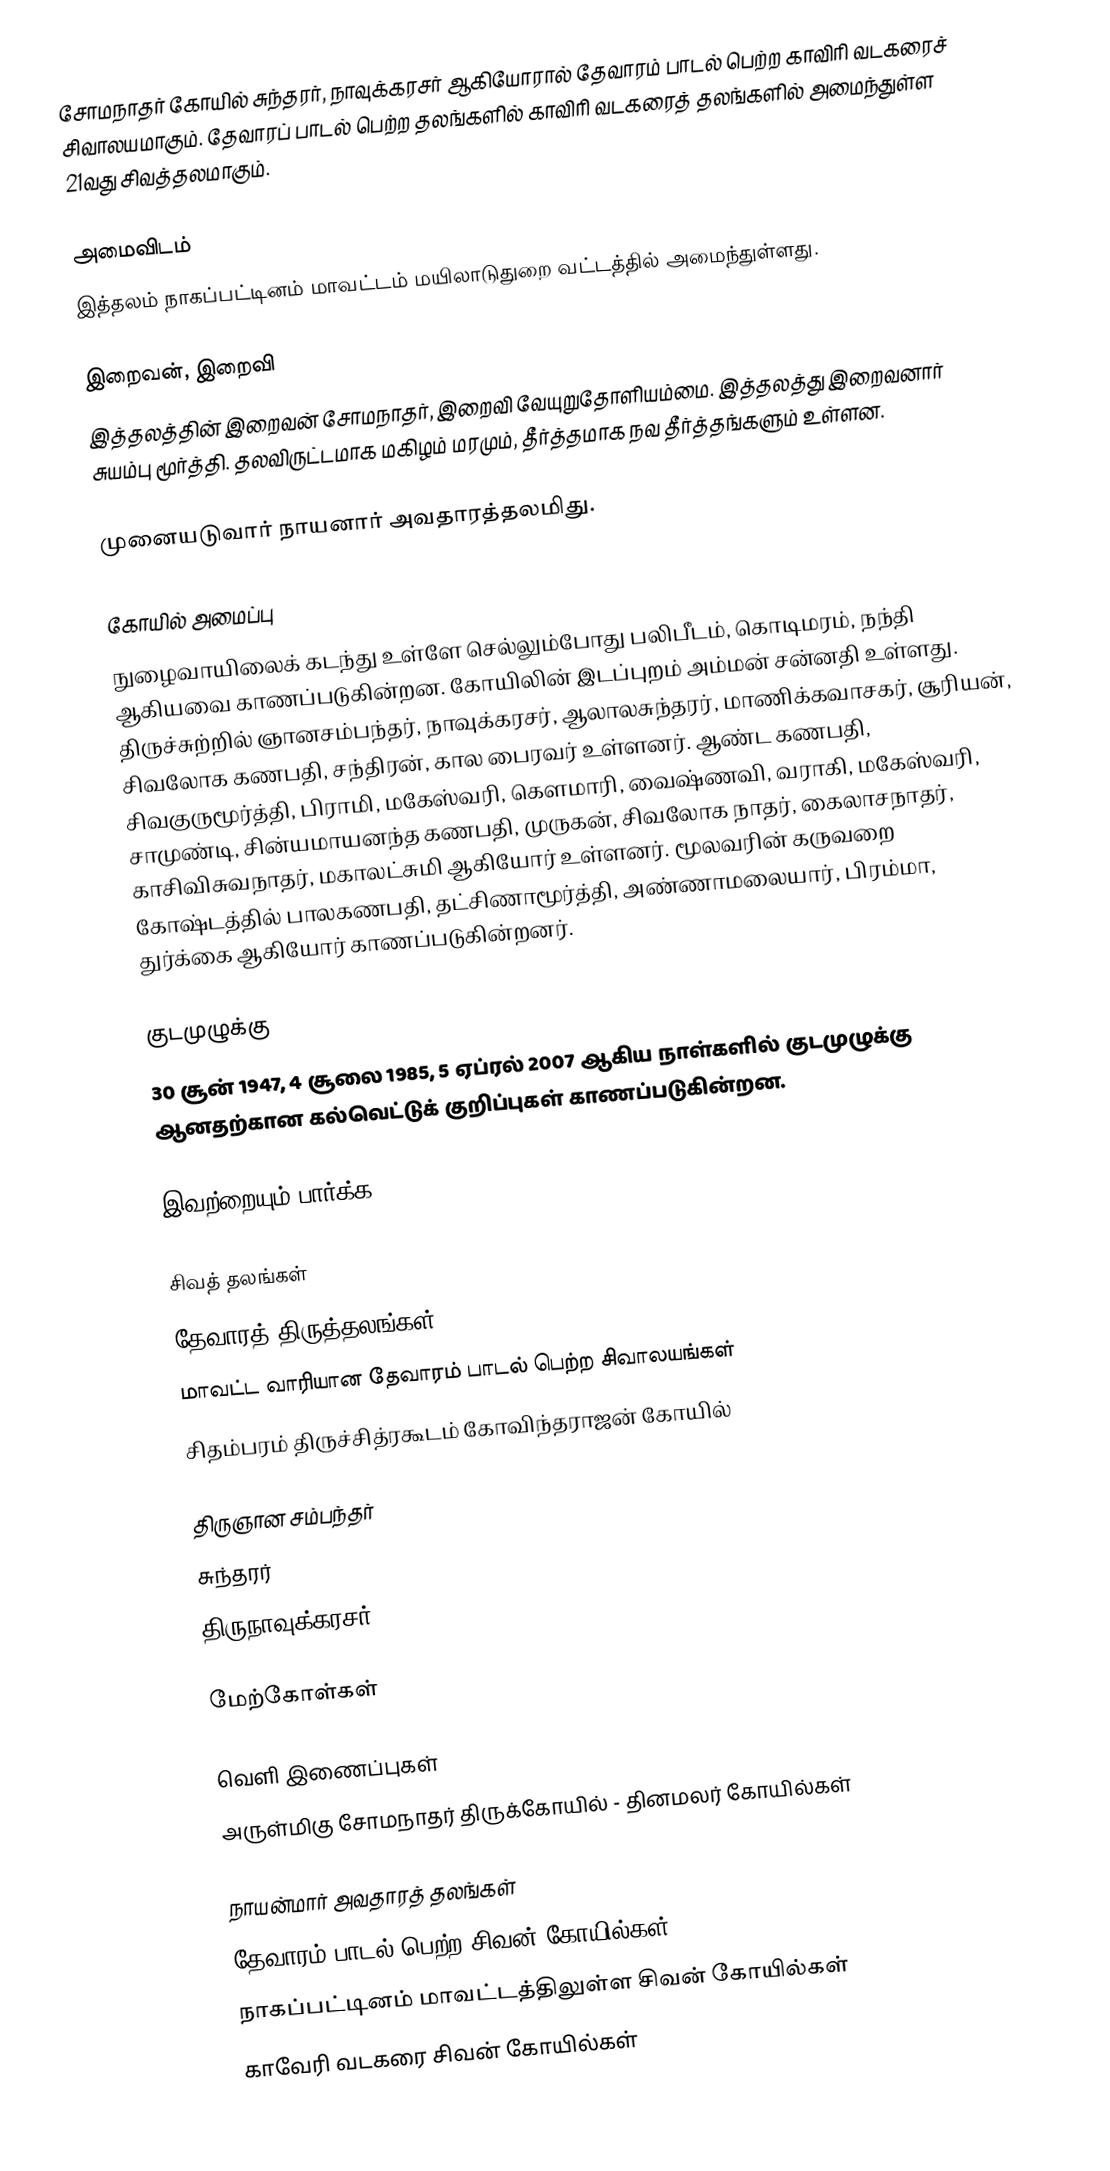
சோமநாதர் கோயில் சுந்தரர், நாவுக்கரசர் ஆகியோரால் தேவாரம் பாடல் பெற்ற காவிரி வடகரைச் சிவாலயமாகும். தேவாரப் பாடல் பெற்ற தலங்களில் காவிரி வடகரைத் தலங்களில் அமைந்துள்ள 21வது சிவத்தலமாகும்.

அமைவிடம்
இத்தலம் நாகப்பட்டினம் மாவட்டம் மயிலாடுதுறை வட்டத்தில் அமைந்துள்ளது.

இறைவன், இறைவி
இத்தலத்தின் இறைவன் சோமநாதர், இறைவி வேயுறுதோளியம்மை. இத்தலத்து இறைவனார் சுயம்பு மூர்த்தி. தலவிருட்டமாக மகிழம் மரமும், தீர்த்தமாக நவ தீர்த்தங்களும் உள்ளன.

முனையடுவார் நாயனார் அவதாரத்தலமிது.

கோயில் அமைப்பு
நுழைவாயிலைக் கடந்து உள்ளே செல்லும்போது பலிபீடம், கொடிமரம், நந்தி ஆகியவை காணப்படுகின்றன. கோயிலின் இடப்புறம் அம்மன் சன்னதி உள்ளது. திருச்சுற்றில் ஞானசம்பந்தர், நாவுக்கரசர், ஆலாலசுந்தரர், மாணிக்கவாசகர், சூரியன், சிவலோக கணபதி, சந்திரன், கால பைரவர் உள்ளனர். ஆண்ட கணபதி, சிவகுருமூர்த்தி, பிராமி, மகேஸ்வரி, கௌமாரி, வைஷ்ணவி, வராகி, மகேஸ்வரி, சாமுண்டி, சின்யமாயனந்த கணபதி, முருகன், சிவலோக நாதர், கைலாசநாதர், காசிவிசுவநாதர், மகாலட்சுமி ஆகியோர் உள்ளனர்.  மூலவரின் கருவறை கோஷ்டத்தில் பாலகணபதி, தட்சிணாமூர்த்தி, அண்ணாமலையார், பிரம்மா, துர்க்கை ஆகியோர் காணப்படுகின்றனர்.

குடமுழுக்கு
30 சூன் 1947, 4 சூலை 1985, 5 ஏப்ரல் 2007 ஆகிய நாள்களில் குடமுழுக்கு ஆனதற்கான கல்வெட்டுக் குறிப்புகள் காணப்படுகின்றன.

இவற்றையும் பார்க்க

 சிவத் தலங்கள்
 தேவாரத் திருத்தலங்கள்
 மாவட்ட வாரியான தேவாரம் பாடல் பெற்ற சிவாலயங்கள்
 சிதம்பரம் திருச்சித்ரகூடம் கோவிந்தராஜன் கோயில்

 திருஞான சம்பந்தர்
 சுந்தரர்
 திருநாவுக்கரசர்

மேற்கோள்கள்

வெளி இணைப்புகள்
அருள்மிகு சோமநாதர் திருக்கோயில் - தினமலர் கோயில்கள்

நாயன்மார் அவதாரத் தலங்கள்
தேவாரம் பாடல் பெற்ற சிவன் கோயில்கள்
நாகப்பட்டினம் மாவட்டத்திலுள்ள சிவன் கோயில்கள்
காவேரி வடகரை சிவன் கோயில்கள்